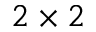
2 \times 2